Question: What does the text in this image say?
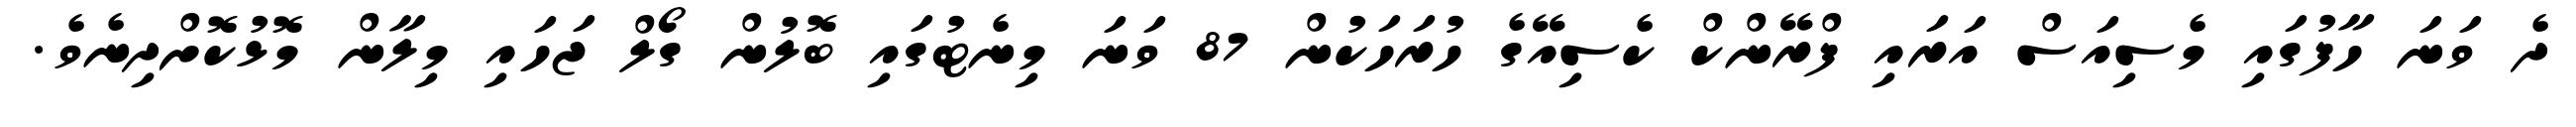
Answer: ދެ ވަނަ ހާފުގައި މެސިއަސް އަރައި ފްރޭންކް ކެސިއޭގެ ހުރަހަކުން 87 ވަނަ މިނެޓުގައި ބޮލުން ގޯލް ޖަހައި މިލާން މޮޅުކޮށްދިނެވެ.